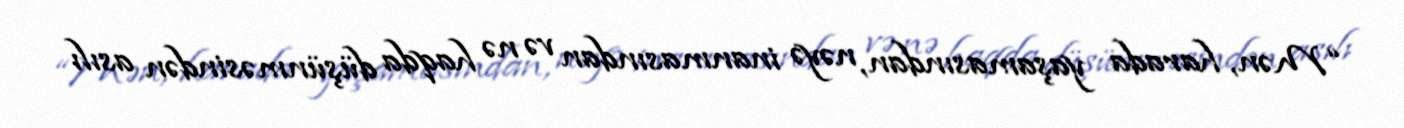
“Mən, harada yaşamasından, nəyə inanmasından və nə haqda düşünməsindən asılı